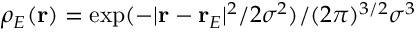
\rho _ { E } ( \mathbf { r } ) = \exp ( - \vert \mathbf { r } - \mathbf { r } _ { E } \vert ^ { 2 } / 2 \sigma ^ { 2 } ) / ( 2 \pi ) ^ { 3 / 2 } \sigma ^ { 3 }